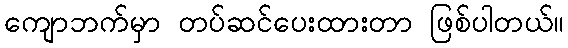
ကျောဘက်မှာ တပ်ဆင်ပေးထားတာ ဖြစ်ပါတယ်။